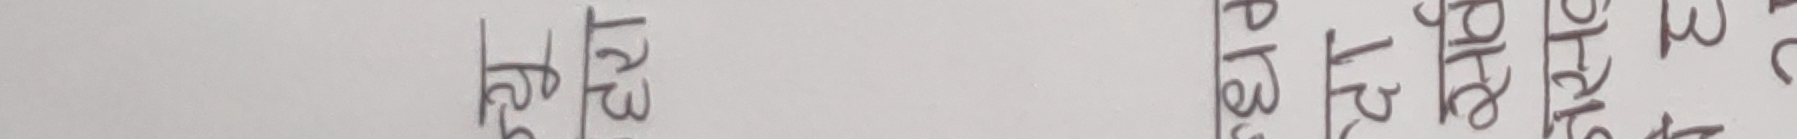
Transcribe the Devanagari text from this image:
हेर्नुहोस